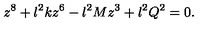
z ^ { 8 } + l ^ { 2 } k z ^ { 6 } - l ^ { 2 } M z ^ { 3 } + l ^ { 2 } Q ^ { 2 } = 0 .